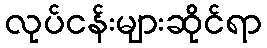
လုပ်ငန်းများဆိုင်ရာ